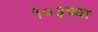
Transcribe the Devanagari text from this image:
१०३च्या